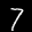
Label: 7